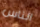
الناس